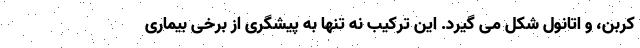
کربن، و اتانول شکل می گیرد. این ترکیب نه تنها به پیشگری از برخی بیماری